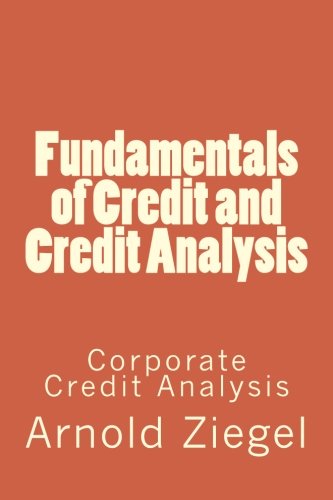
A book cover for Fundamentals of Credit and Credit Analysis: Corporate Credit Analysis; Mr Arnold Ziegel; Business & Money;